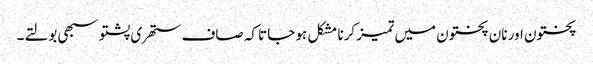
پختون اور نان پختون میں تمیز کرنا مشکل ہو جاتا کہ صاف ستھری پشتو سبھی بولتے۔